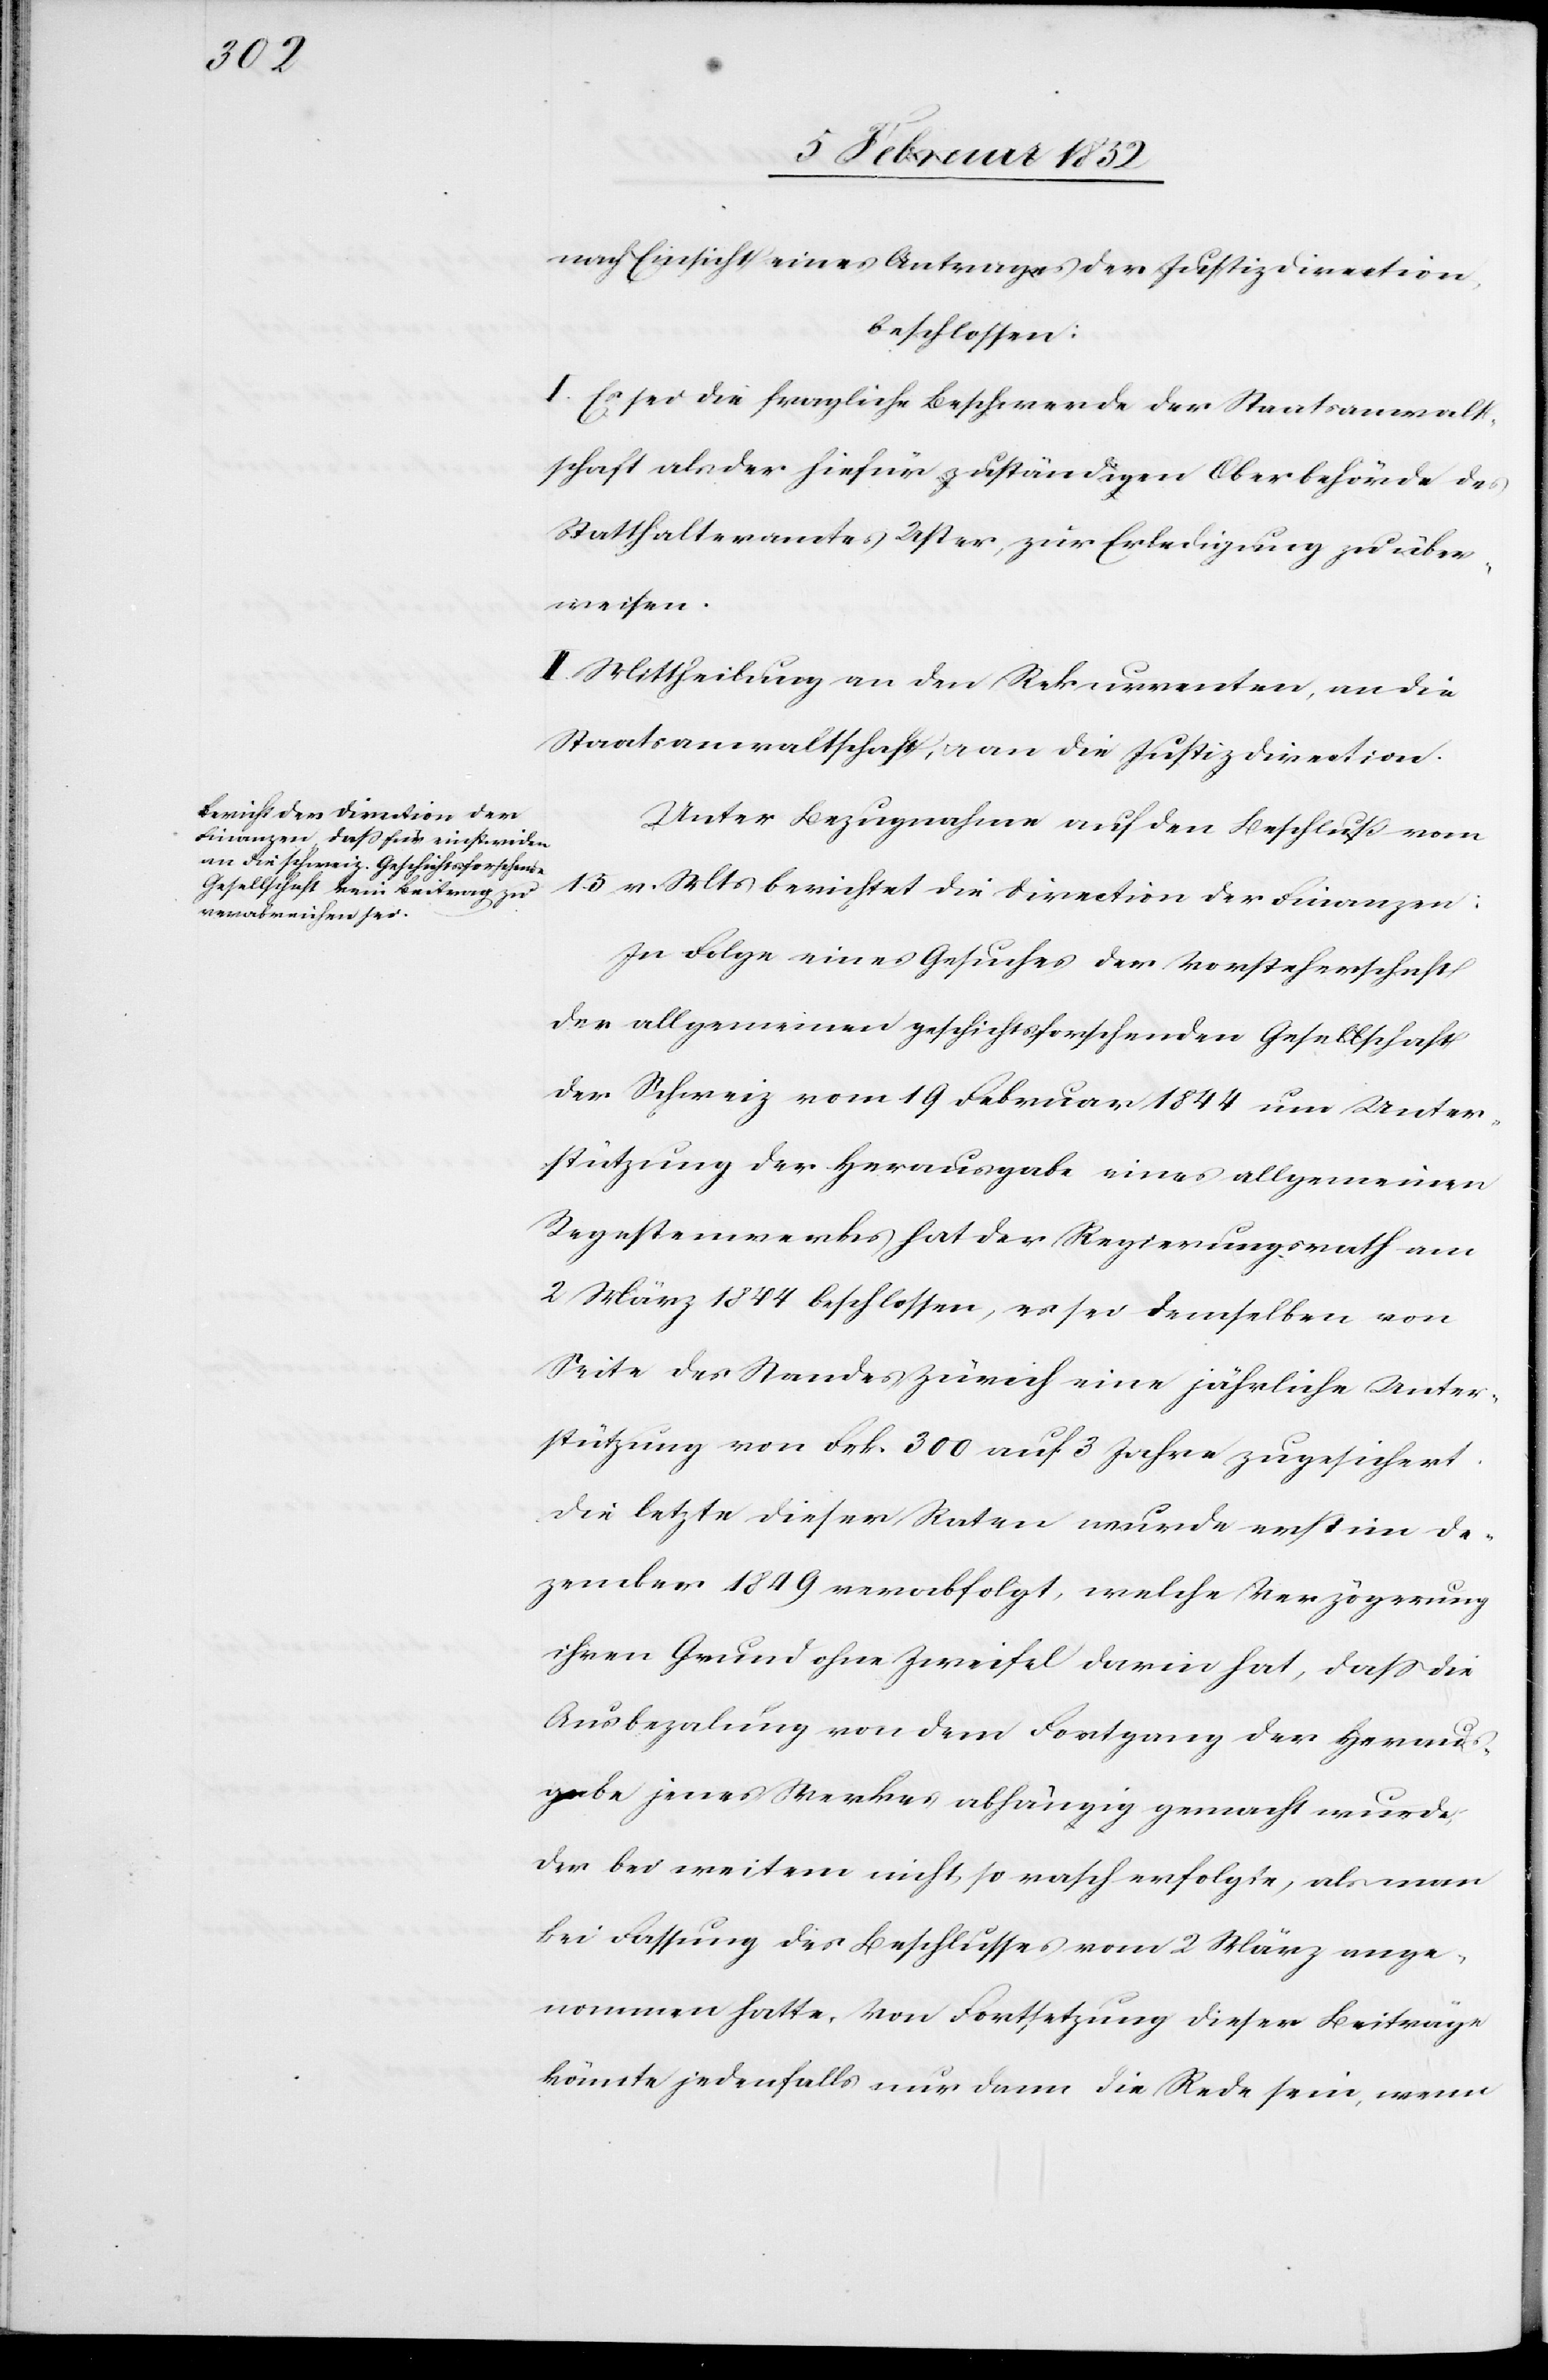
nach Einsicht eines Antrages der Justizdirection,
beschlossen:
I. Es sei die fragliche Beschwerde der Staatsanwalt¬
schaft als der hiefür zuständigen Oberbehörde des
Statthalteramtes Uster zur Erledigung zu über¬
weisen.
II. Mittheilung an den Rekurrenten, an die
Staatsanwaltschaft, u. an die Justizdirection.
Unter Bezugnahme auf den Beschluß vom
15 v. Mts berichtet die Direction der Finanzen:
In Folge eines Gesuches der Vorsteherschaft
der allgemeinen geschichtsforschenden Gesellschaft
der Schweiz vom 19 Februar 1844 um Unter¬
stützung der Herausgabe eines allgemeinen
Regestenwerkes hat der Regierungsrath am
2 März 1844 beschlossen, es sei demselben von
Seite des Standes Zürich eine jährliche Unter¬
stützung von Frk. 300 auf 3 Jahre zugesichert.
Die letzte dieser Raten wurde erst im De¬
zember 1849 verabfolgt, welche Verzögerung
ihren Grund ohne Zweifel darin hat, daß die
Ausbezahlung von dem Fortgang der Heraus¬
gabe jenes Werkes abhängig gemacht wurde,
der bei weitem nicht so rasch erfolgte, als man
bei Fassung des Beschlusses vom 2 März ange¬
nommen hatte, von Fortsetzung dieser Beiträge
könnte jedenfalls nur dann die Rede sein, wenn